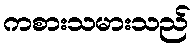
ကစားသမားသည်